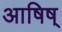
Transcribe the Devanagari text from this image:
आषिष्